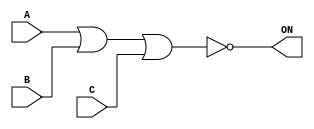
module NOR3 (output ON, input A, input C, input B);
    assign ON = ~(A | B | C);
endmodule

module NOR2 (output ON, input A, input B);
    assign ON = ~(A | B);
endmodule

module NOR4 (output ON, input A, input C, input B, input D);
    assign ON = ~(A | B | C | D);
endmodule

module NAND4BB (output ON, input BN, input AN, input C, input D);
    assign ON = ~(~AN & ~BN & C & D);
endmodule

module OR4 (output O, input A, input C, input B, input D);
    assign O = A | B | C | D;
endmodule

module OAI21 (output ON, input A1, input B, input A2);
    assign ON = ~((A1 | A2) & B);
endmodule

module NAND2 (output ON, input A, input B);
    assign ON = ~(A & B);
endmodule

module NAND3 (output ON, input A, input C, input B);
    assign ON = ~(A & B & C);
endmodule

module NOR4B (output ON, input C, input B, input D, input AN);
    assign ON = ~(~AN | B | C | D);
endmodule

module LOGIC1 (output O);
    assign O = 1;
endmodule

module OAI211 (output ON, input A1, input C, input B, input A2);
    assign ON = ~((A1 | A2) & B & C);
endmodule

module NAND2B (output ON, input B, input AN);
    assign ON = ~(~AN & B);
endmodule

module NOR4BB (output ON, input BN, input AN, input C, input D);
    assign ON = ~(~AN | ~BN | C | D);
endmodule

module AOI22 (output ON, input A1, input A2, input B1, input B2);
    assign ON = ~(A1 & A2 | B1 & B2);
endmodule

module NAND4B (output ON, input C, input B, input D, input AN);
    assign ON = ~(~AN & B & C & D);
endmodule

module OAI2BB2 (output ON, input A2N, input A1N, input B1, input B2);
    assign ON = ~((~A1N | ~A2N) & (B1 | B2));
endmodule

module AOI21 (output ON, input A1, input B, input A2);
    assign ON = ~(A1 & A2 | B);
endmodule

module NOR2B (output ON, input B, input AN);
    assign ON = ~(~AN | B);
endmodule

module AO22 (output O, input A1, input A2, input B1, input B2);
    assign O = A1 & A2 | B1 & B2;
endmodule

module AOI2BB1 (output ON, input B, input A2N, input A1N);
    assign ON = ~(~A1N & ~A2N | B);
endmodule

module BUF (output O, input I);
    assign O = I;
endmodule

module NAND4 (output ON, input A, input C, input B, input D);
    assign ON = ~(A & B & C & D);
endmodule

module OAI32 (output ON, input A1, input A3, input A2, input B1, input B2);
    assign ON = ~((A1 | A2 | A3) & (B1 | B2));
endmodule

module OAI22 (output ON, input A1, input A2, input B1, input B2);
    assign ON = ~((A1 | A2) & (B1 | B2));
endmodule

module OAI33 (output ON, input A1, input A3, input A2, input B1, input B2, input B3);
    assign ON = ~((A1 | A2 | A3) & (B1 | B2 | B3));
endmodule

module OAI31 (output ON, input A1, input A3, input A2, input B);
    assign ON = ~((A1 | A2 | A3) & B);
endmodule

module OR2 (output O, input A, input B);
    assign O = A | B;
endmodule

module AOI2BB2 (output ON, input A2N, input A1N, input B1, input B2);
    assign ON = ~(~A1N & ~A2N | B1 & B2);
endmodule

module NOR3B (output ON, input C, input B, input AN);
    assign ON = ~(~AN | B | C);
endmodule

module OR3 (output O, input A, input C, input B);
    assign O = A | B | C;
endmodule

module OAI221 (output ON, input A1, input C, input A2, input B1, input B2);
    assign ON = ~((A1 | A2) & (B1 | B2) & C);
endmodule

module OAI222 (output ON, input A1, input A2, input B1, input B2, input C2, input C1);
    assign ON = ~((A1 | A2) & (B1 | B2) & (C1 | C2));
endmodule

module OA22 (output O, input A1, input A2, input B1, input B2);
    assign O = (A1 | A2) & (B1 | B2);
endmodule

module OA21 (output O, input A1, input B, input A2);
    assign O = (A1 | A2) & B;
endmodule

module AND4 (output O, input A, input C, input B, input D);
    assign O = A & B & C & D;
endmodule

module AO21 (output O, input A1, input B, input A2);
    assign O = A1 & A2 | B;
endmodule

module NAND3B (output ON, input C, input B, input AN);
    assign ON = ~(~AN & B & C);
endmodule

module AND3 (output O, input A, input C, input B);
    assign O = A & B & C;
endmodule

module AND2 (output O, input A, input B);
    assign O = A & B;
endmodule

module AOI31 (output ON, input A1, input A3, input A2, input B);
    assign ON = ~(A1 & A2 & A3 | B);
endmodule

module INV (output ON, input I);
    assign ON = ~I;
endmodule

module AOI32 (output ON, input A1, input A3, input A2, input B1, input B2);
    assign ON = ~(A1 & A2 & A3 | B1 & B2);
endmodule

module AOI211 (output ON, input A1, input C, input B, input A2);
    assign ON = ~(A1 & A2 | B | C);
endmodule

module AOI221 (output ON, input A1, input C, input A2, input B1, input B2);
    assign ON = ~(A1 & A2 | B1 & B2 | C);
endmodule

module AOI222 (output ON, input A1, input A2, input B1, input B2, input C2, input C1);
    assign ON = ~(A1 & A2 | B1 & B2 | C1 & C2);
endmodule

module OAI2BB1 (output ON, input B, input A2N, input A1N);
    assign ON = ~((~A1N | ~A2N) & B);
endmodule

module AOI33 (output ON, input A1, input A3, input A2, input B1, input B2, input B3);
    assign ON = ~(A1 & A2 & A3 | B1 & B2 & B3);
endmodule

module LOGIC0 (output O);
    assign O = 0;
endmodule